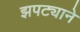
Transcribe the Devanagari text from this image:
झपट्याने